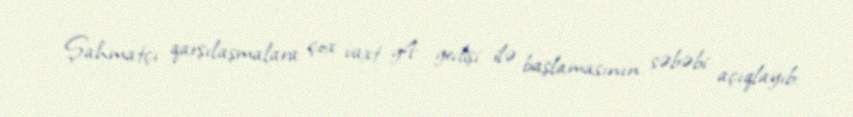
Şahmatçı qarşılaşmalara çox vaxt g4 gedişi ilə başlamasının səbəbi açıqlayıb: